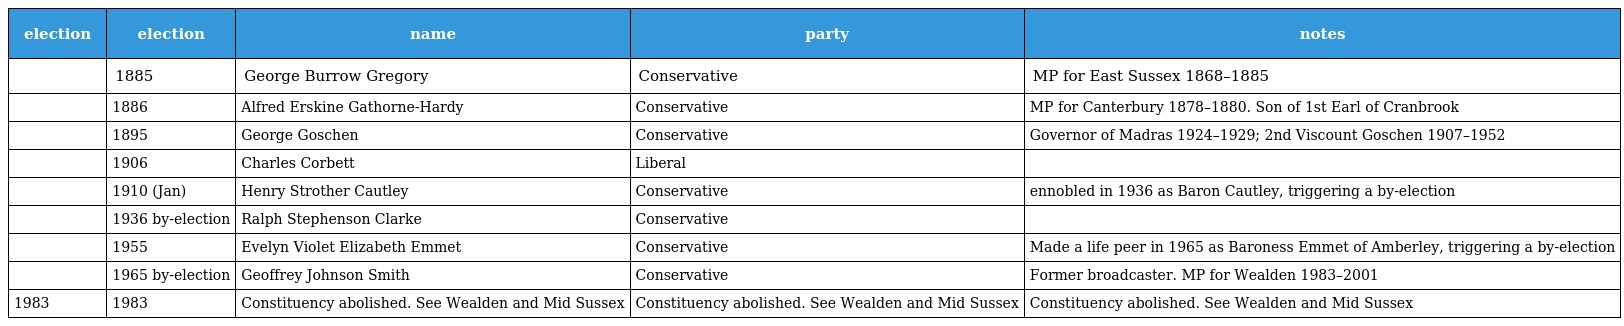
| election | election | name | party | notes |
 | --- | --- | --- | --- | --- |
 |  | 1885 | George Burrow Gregory | Conservative | MP for East Sussex 1868–1885 |
 |  | 1886 | Alfred Erskine Gathorne-Hardy | Conservative | MP for Canterbury 1878–1880. Son of 1st Earl of Cranbrook |
 |  | 1895 | George Goschen | Conservative | Governor of Madras 1924–1929; 2nd Viscount Goschen 1907–1952 |
 |  | 1906 | Charles Corbett | Liberal |  |
 |  | 1910 (Jan) | Henry Strother Cautley | Conservative | ennobled in 1936 as Baron Cautley, triggering a by-election |
 |  | 1936 by-election | Ralph Stephenson Clarke | Conservative |  |
 |  | 1955 | Evelyn Violet Elizabeth Emmet | Conservative | Made a life peer in 1965 as Baroness Emmet of Amberley, triggering a by-election |
 |  | 1965 by-election | Geoffrey Johnson Smith | Conservative | Former broadcaster. MP for Wealden 1983–2001 |
 | 1983 | 1983 | Constituency abolished. See Wealden and Mid Sussex | Constituency abolished. See Wealden and Mid Sussex | Constituency abolished. See Wealden and Mid Sussex |